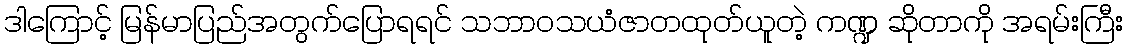
ဒါကြောင့် မြန်မာပြည်အတွက်ပြောရရင် သဘာဝသယံဇာတထုတ်ယူတဲ့ ကဏ္ဍ ဆိုတာကို အရမ်းကြီး